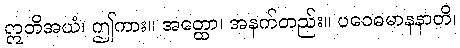
ဣတိအယံ၊ ဤကား။ အတ္ထော၊ အနက်တည်း။ ပဝေဓမာနနာတိ၊